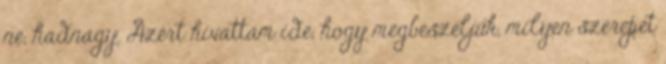
ne, hadnagy. Azért hívattam ide, hogy megbeszéljük, milyen szerepet